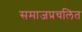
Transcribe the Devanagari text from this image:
समाजप्रचलित